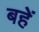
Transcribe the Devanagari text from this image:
बहें